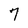
Character: 7